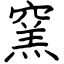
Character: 窯